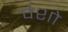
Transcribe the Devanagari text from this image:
पेशो